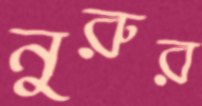
নুরুর